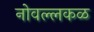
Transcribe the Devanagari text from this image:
नोवल्लकळ